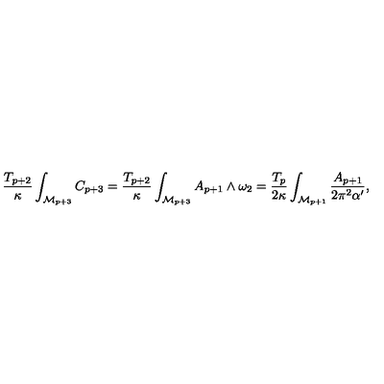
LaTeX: \frac { T _ { p + 2 } } { \kappa } \int _ { \mathcal { M } _ { p + 3 } } C _ { p + 3 } = \frac { T _ { p + 2 } } { \kappa } \int _ { \mathcal { M } _ { p + 3 } } A _ { p + 1 } \wedge \omega _ { 2 } = \frac { T _ { p } } { 2 \kappa } \int _ { \mathcal { M } _ { p + 1 } } \frac { A _ { p + 1 } } { 2 \pi ^ { 2 } \alpha ^ { \prime } } ,